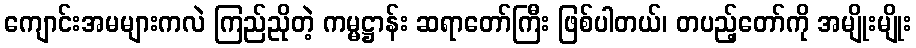
ကျောင်းအမများကလဲ ကြည်ညိုတဲ့ ကမ္မဋ္ဌာန်း ဆရာတော်ကြီး ဖြစ်ပါတယ်၊ တပည့်တော်ကို အမျိုးမျိုး